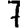
Digit: 7